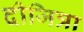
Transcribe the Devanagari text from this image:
दीजित्रा